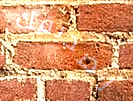
لصديقك